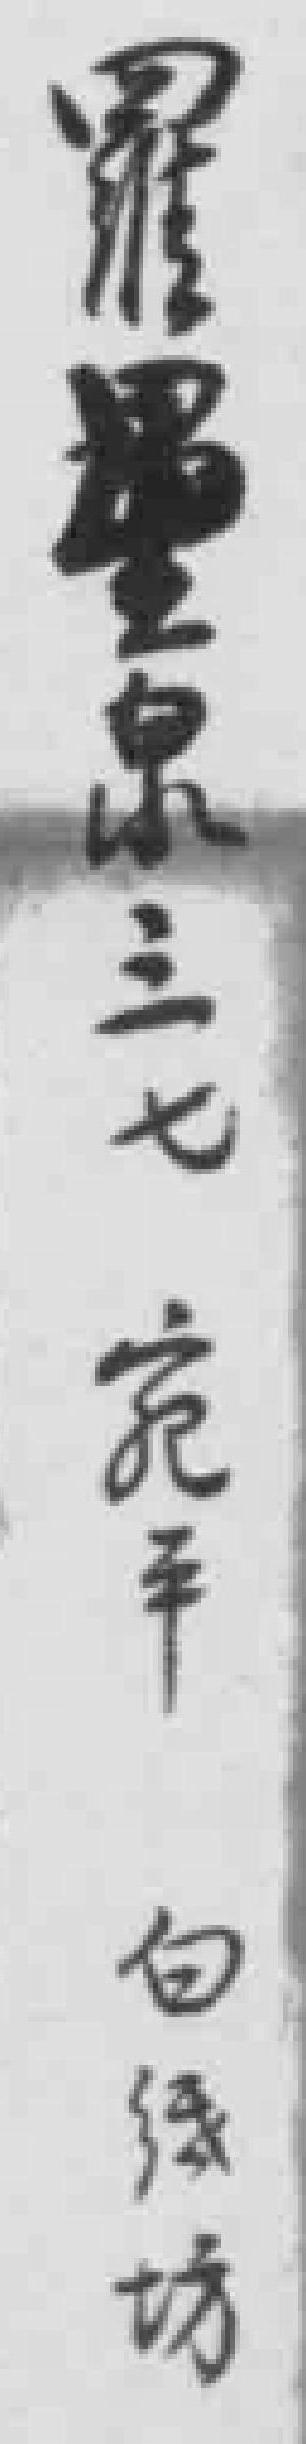
羅墨泉三七宛平 白紙坊